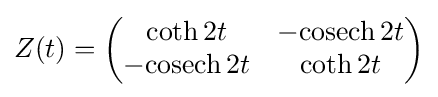
Z(t)={\begin{pmatrix}\coth 2t&-\mathrm {cosech} \,2t\\-\mathrm {cosech} \,2t&\coth 2t\end{pmatrix}}